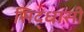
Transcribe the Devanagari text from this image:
सिद्धासी